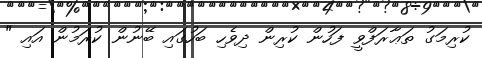
ކުރިމަގު ތަޢާރަފްވީ ފަހުން ކުރިން ދިވެހި ބަހުގައި ބޭނުން ކުރަމުން އައި "